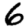
Digit: 6